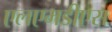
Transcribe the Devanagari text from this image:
एलएमडीएस